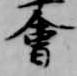
会